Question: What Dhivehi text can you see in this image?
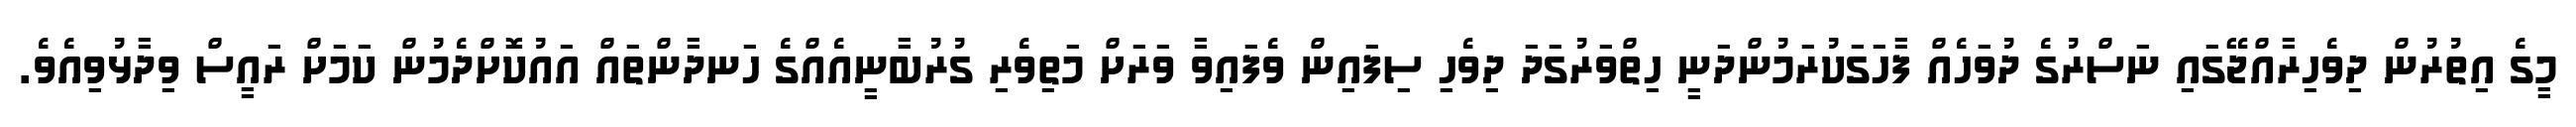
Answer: މީގެ އިތުރުން ދިވެހިރާއްޖޭގައި ނަސްރުގެ ދުވަހެއް ފާހަގަކުރަމުންދަނީ ހިތްވަރުގަދަ ދިވެހި ސިފައިން ވެފައިވާ ވަރަށް މަތިވެރި ގުރުބާނީއެއްގެ ހަނދާންތައް އައުކޮށްދެމުން ކަމަށް ރައީސް ވިދާޅުވިއެވެ.